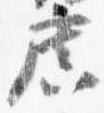
広